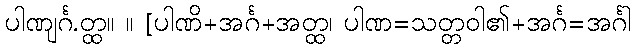
ပါဏျင်္ဂ.တ္ထ။ ။ [ပါဏိ+အင်္ဂ+အတ္ထ၊ ပါဏ=သတ္တဝါ၏+အင်္ဂ=အင်္ဂါ